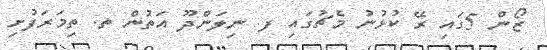
ޒޯން 5ގައި ރޭ ކުޅުނު މެޗުގައި ފ. ނިލަންދޫ އަތުން ތ. ތިމަރަފުށި